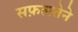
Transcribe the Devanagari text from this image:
सफ़लतेने